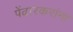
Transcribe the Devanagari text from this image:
पेंढारकरांना